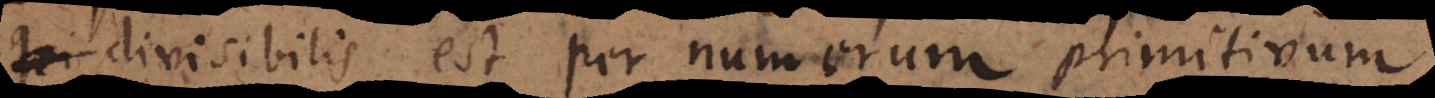
divisibilis per numerum primum